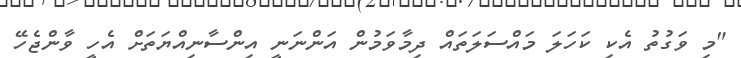
"މި ވަގުތު އެކި ކަހަލަ މައްސަލަތައް ދިމާވަމުން އަންނަނީ އިންސާނިއްޔަތަށް އެހީ ވާންޖެހޭ